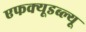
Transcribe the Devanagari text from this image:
एफक्यूडब्ल्यू